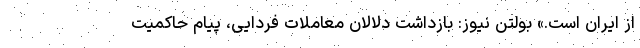
از ایران است.» بولتن نیوز: بازداشت دلالان معاملات فردایی، پیام حاکمیت